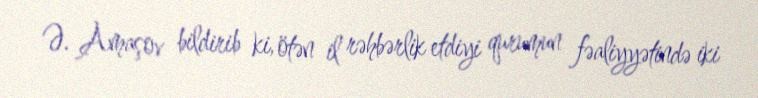
Ə. Amaşov bildirib ki, ötən il rəhbərlik etdiyi qurumun fəaliyyətində iki